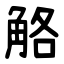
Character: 觡